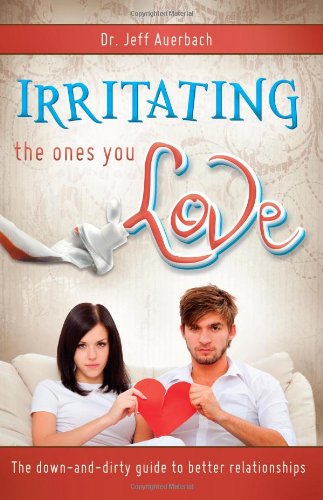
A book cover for Irritating the Ones You Love: The Down and Dirty Guide to Better Relationships; Jeff Auerbach; Self-Help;